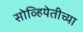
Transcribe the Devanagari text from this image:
सोव्हियेतीच्या